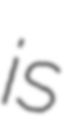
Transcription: is